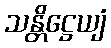
သန္တိဋ္ဌေယျံ